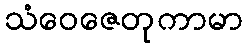
သံဝေဇေတုကာမာ